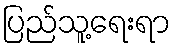
ပြည်သူ့ရေးရာ